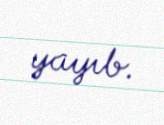
yayıb.